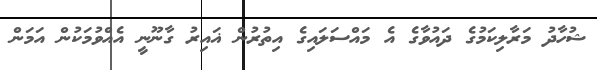
ޝުހާދު މަރާލިކަމުގެ ދައުވާގެ އެ މައްސަލައިގެ އިތުރުން ޣައިރު ގާނޫނީ އެއްވުމަކުން އަމަން